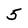
Character: 5